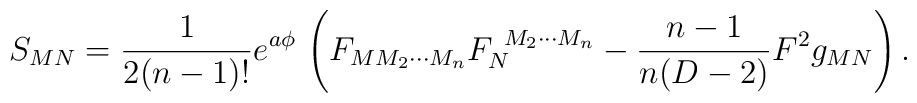
S_{MN} = {1\over 2(n-1)!} e^{a\phi}\, \left(F_{M M_2 \cdots M_n}	F_N^{\ M_2 \cdots M_n} -{n-1\over n(D-2)} F^2 g_{MN}\right).